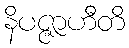
နိပဇ္ဇာဟီတိ